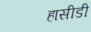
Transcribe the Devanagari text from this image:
हासीडी